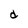
Character: d